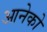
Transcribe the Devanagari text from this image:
आनेको